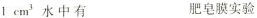
1 cm^{3}水中有 肥皂膜实验